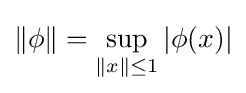
\|\phi \|=\sup _{\|x\|\leq 1}|\phi (x)|